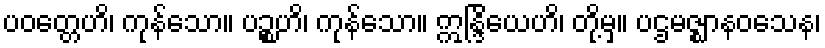
ပဝတ္တေဟိ၊ ကုန်သော။ ပဉ္စဟိ၊ ကုန်သော။ ဣန္ဒြိယေဟိ၊ တို့မှ။ ပဌမဇ္ဈာနဝသေန၊